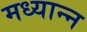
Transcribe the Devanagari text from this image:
मध्यान्न